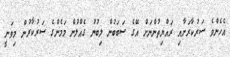
އެހެންވެ ސަރުކާރަށާއި ރައްޔިތުންނަށް އޭގެ ސަބަބުން ލިބުނު ގެއްލުން މަމެންގެ ސަރުކާރުން މިވަނީ